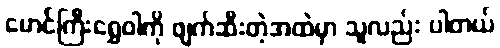
မောင်ကြီးရွှေဝါကို ဖျက်ဆီးတဲ့အထဲမှာ သူလည်း ပါတယ်